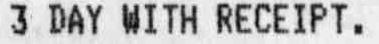
3 DAY WITH RECEIPT.